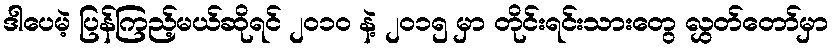
ဒါပေမဲ့ ပြန်ကြည့်မယ်ဆိုရင် ၂၀၁၀ နဲ့ ၂၀၁၅ မှာ တိုင်းရင်းသားတွေ လွှတ်တော်မှာ